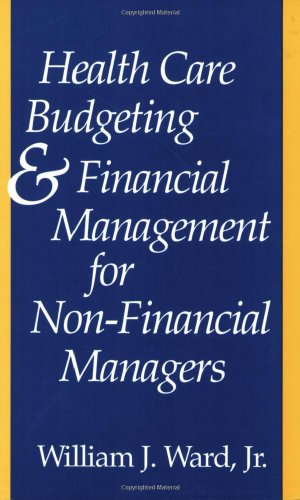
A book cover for Health Care Budgeting and Financial Management for Non-Financial Managers; William J. Ward Jr.; Medical Books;